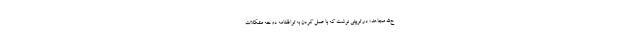
ح‌الله مجاهد» در توییتی نوشت که با عمل کردن به توافقنامه دوحه مشکلات